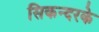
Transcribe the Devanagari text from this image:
सिकन्दरके